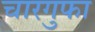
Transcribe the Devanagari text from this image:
चारगुफा